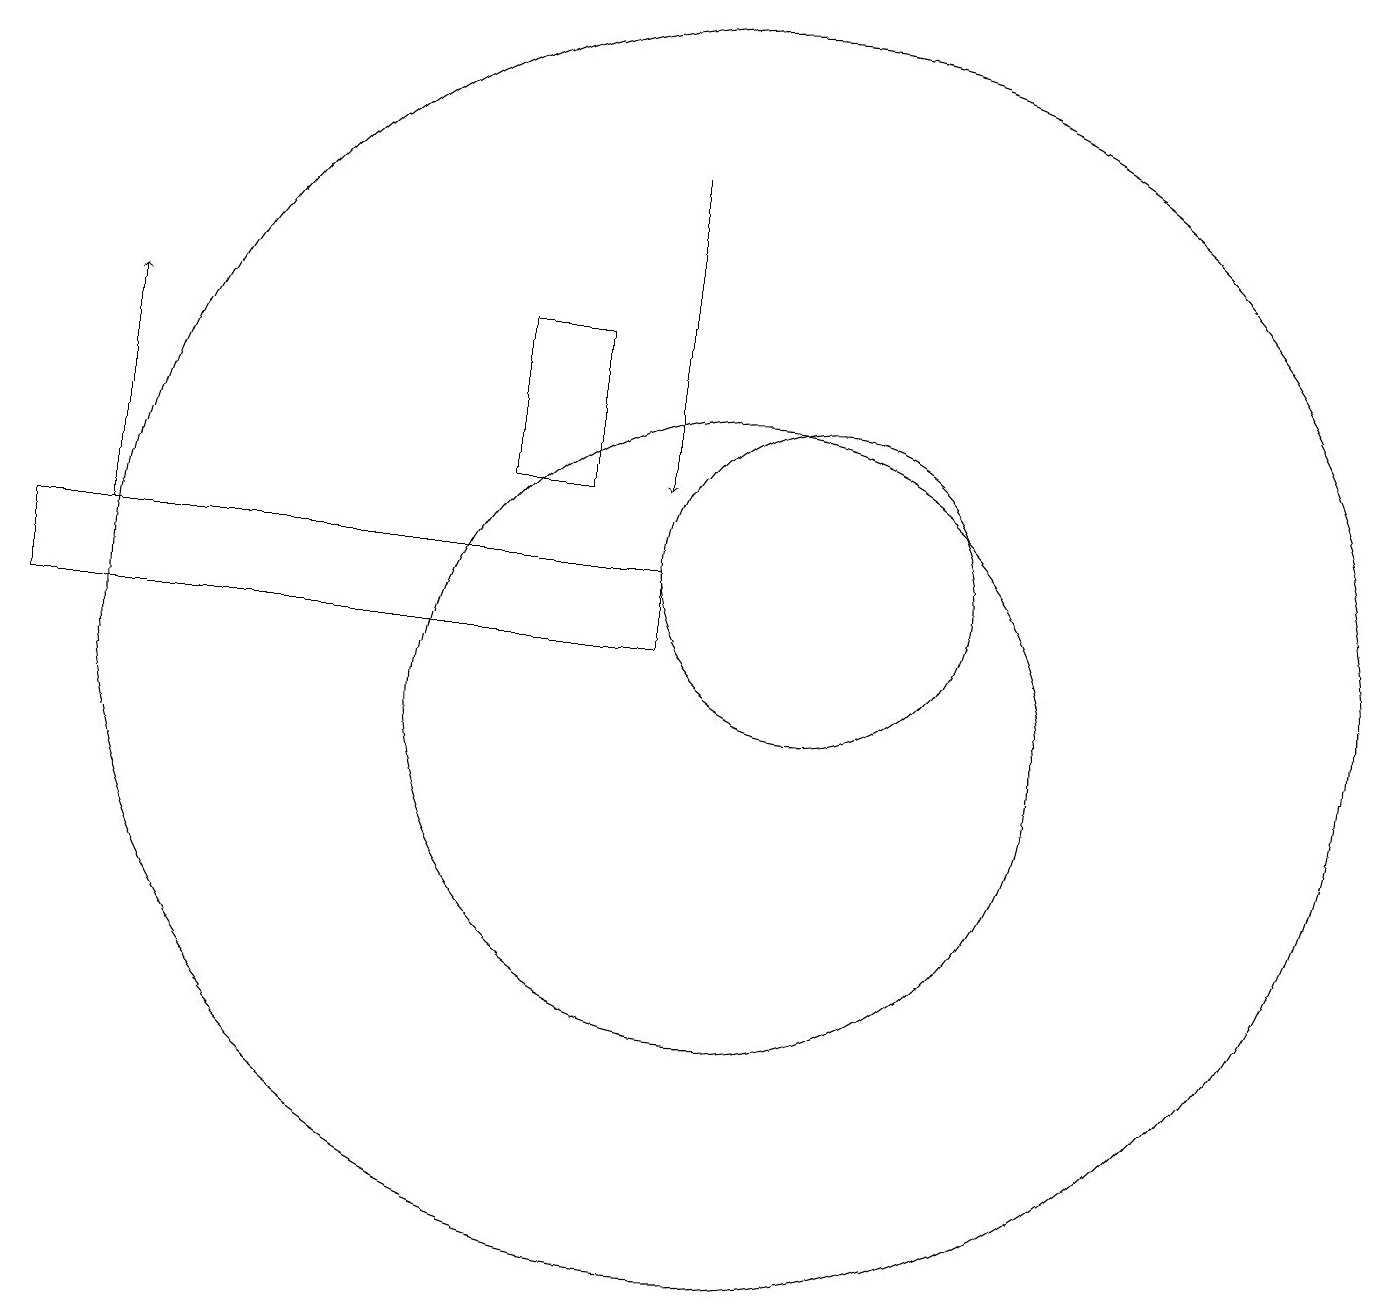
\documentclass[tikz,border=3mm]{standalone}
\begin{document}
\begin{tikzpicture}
\draw[->] (2,12) -- (2,15);
\draw (9,11) rectangle (1,12);
\draw (10,11) circle (8);
\draw (10,10) circle (4);
\draw[->] (9,17) -- (9,13);
\draw (11,12) circle (2);
\draw (8,13) rectangle (7,15);
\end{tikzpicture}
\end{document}